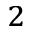
_ 2